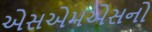
એસએમએસનો